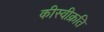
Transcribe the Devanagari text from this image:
कीस्वीक्रति